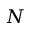
N